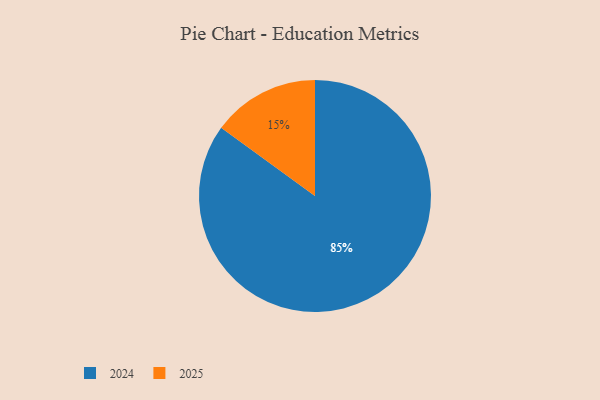
{"axis": {"x": "Category", "y": "Percentage"}, "legend": ["2024", "2025"], "data": [{"x": "2024", "y": 85, "type": "2024"}, {"x": "2025", "y": 15, "type": "2025"}]}